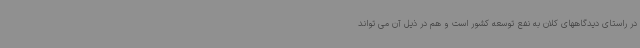
در راستای دیدگاههای کلان به نفع توسعه کشور است و هم در ذیل آن می تواند